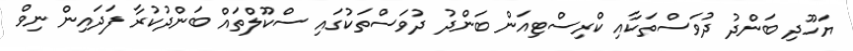
ޔަހޫދި ބަންދު ދުވަސްތަކާއި ކްރިސްޓިއަން ބަންދު ދުވަސްތަކުގައި ސްކޫލްތައް ބަންދުކުރާ ފަދައިން ނިވް